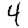
Digit: 4